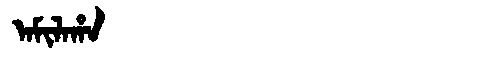
Manchu: ᠠᠮᡳᠯᠠᡥᠠ
Romanization: AMILAHA